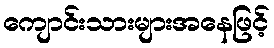
ကျောင်းသားများအနေဖြင့်